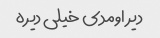
دیر اومدی خیلی دیره